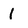
Character: 1